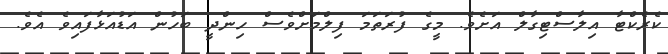
ކެރެކްޓާ އިލާސްޓިގާލް އަށެވެ. މީގެ ފުރަތަމަ ފިލްމަށްވެސް ހިންދީ ބަހުން އަޑުއަޅާފައިވެ އެވެ.